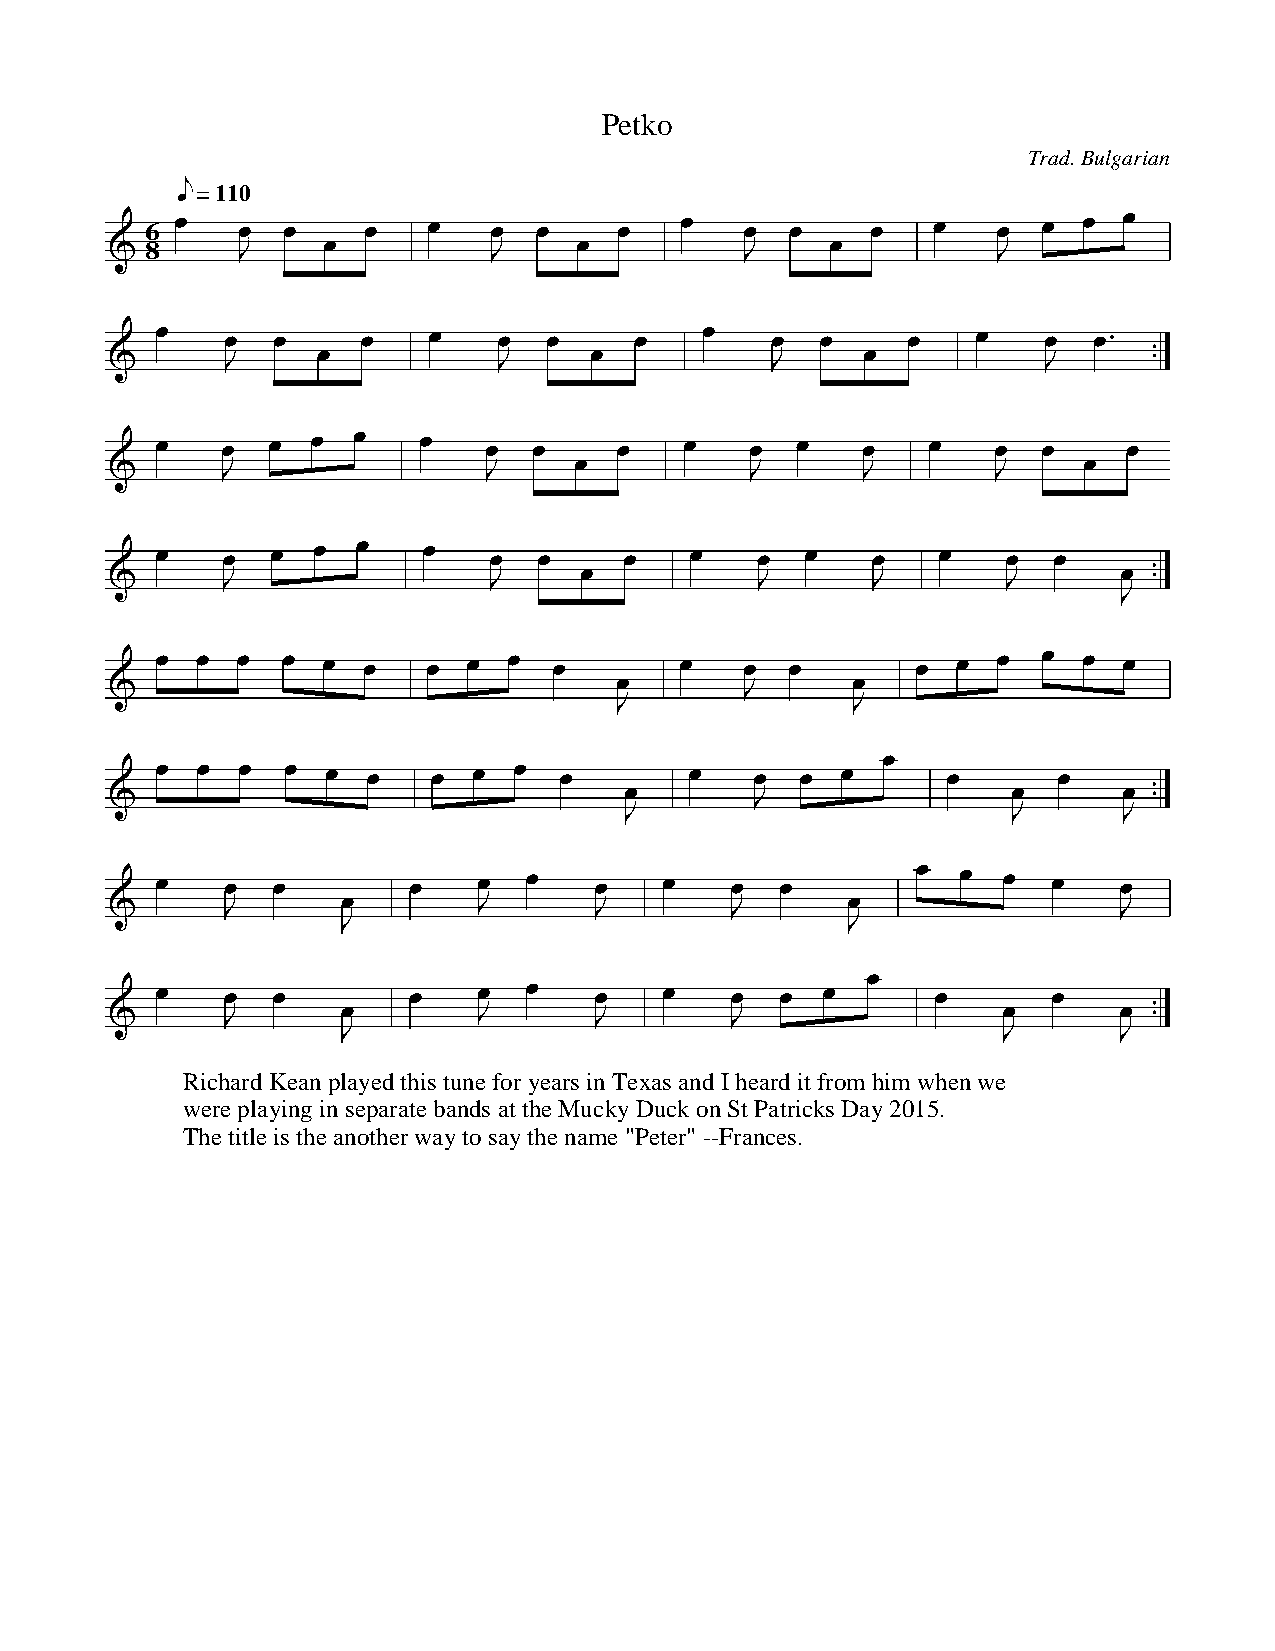
Petko
 Trad. Bulgarian
 = 110
 6
 8
 Richard Kean played this tune for years in Texas and I heard it from him when we
 were playing in separate bands at the Mucky Duck on St Patricks Day 2015.
 The title is the another way to say the name "Peter" --Frances.